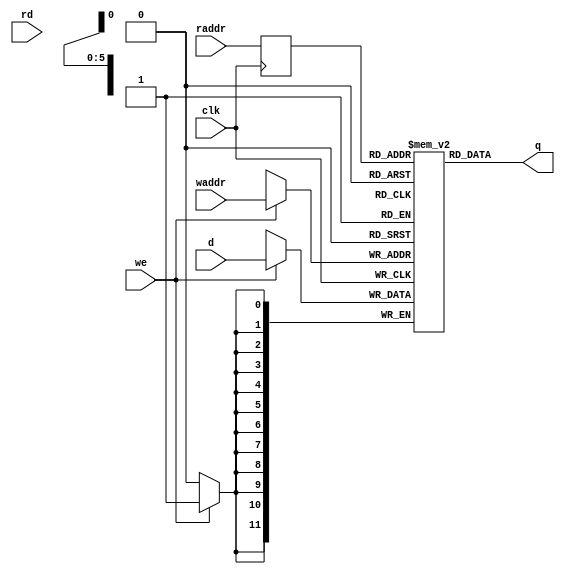
module RAMZ
#(
  parameter RAMADDR_W = 6,
  parameter RAMDATA_W = 12
)  
(
 input wire [RAMDATA_W-1:0]  d,
 input wire [RAMADDR_W-1:0]  waddr,
 input wire [RAMADDR_W-1:0]  raddr,
 input wire 		     we,
 input wire                  rd,     /// debug only
 input wire 		     clk,
 output wire [RAMDATA_W-1:0] q
 );
    
    reg [RAMADDR_W-1:0]     read_addr;
    localparam MEM_SIZE = 2**RAMADDR_W;
    reg [RAMDATA_W-1:0]  mem [0:MEM_SIZE-1];

    // @todo: debug
    integer write_count [0:MEM_SIZE-1];
    integer read_count  [0:MEM_SIZE-1];

    integer ii;
    initial begin
	for(ii=0; ii<MEM_SIZE; ii=ii+1) begin
	    write_count[ii] = 0;
	    read_count[ii]  = 0;
	end
    end
    
    assign q = mem[read_addr];

    always @(posedge clk) begin
	if (rd) begin
	    read_count[raddr] <= read_count[raddr] + 1;
	end
	if (we) begin
	    write_count[waddr] <= read_count[waddr] + 1;
	end
    end
    
    always @(posedge clk) begin: RAMZ_RTL
	read_addr <= raddr;
	if (we) begin
            mem[waddr] <= d;
	end
    end
    
endmodule